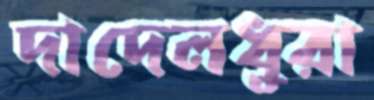
দাদেলধুরা